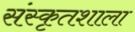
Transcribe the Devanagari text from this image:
संस्कृतशाला